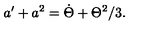
a ^ { \prime } + a ^ { 2 } = \dot { \Theta } + \Theta ^ { 2 } / 3 .